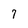
Character: 7